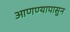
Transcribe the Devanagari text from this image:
आणण्यापासुन